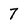
Character: 7